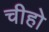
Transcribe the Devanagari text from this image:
चीहो